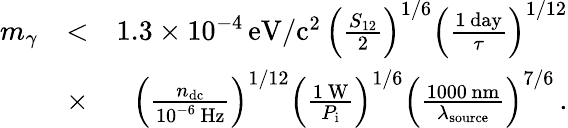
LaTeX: \begin{array}{rlr}{m_{\gamma}}&{<}&{1.3\times 10^{-4}\, \mathrm{eV/c^{2}}\, \left(\frac{S_{12}}{2}\right)^{1/6}\left(\frac{1\, \mathrm{day}}{\tau}\right)^{1/12}}\\ &{\times}&{\left(\frac{n_{\mathrm{dc}}}{10^{-6}\, \mathrm{Hz}}\right)^{1/12}\left(\frac{1\, \mathrm{W}}{P_{\mathrm{i}}}\right)^{1/6}\left(\frac{1000\, \mathrm{nm}}{\lambda_{\mathrm{source}}}\right)^{7/6}\, .}\end{array}